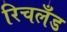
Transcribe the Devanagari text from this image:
रिचलँड